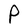
Character: P